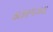
ઠાકરગઝલ